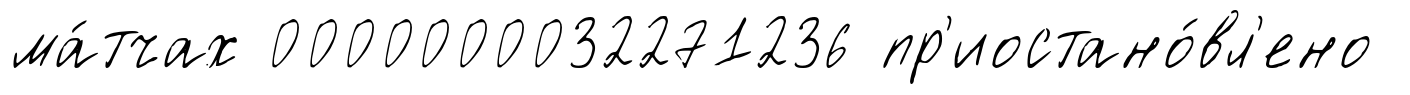
ма́тчах 0000000032271236 пр'иостано́вл'ено